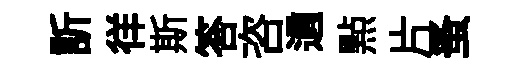
訢徉斯答咨適㸃片蚤